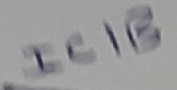
Text: IC1B